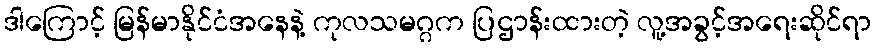
ဒါကြောင့် မြန်မာနိုင်ငံအနေနဲ့ ကုလသမဂ္ဂက ပြဌာန်းထားတဲ့ လူ့အခွင့်အရေးဆိုင်ရာ